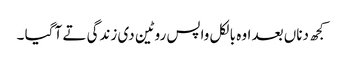
کجھ دناں بعد اوہ بالکل واپس روٹین دی زندگی تے آ گیا ۔